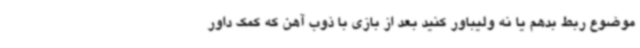
موضوع ربط بدهم یا نه ولیباور کنید بعد از بازی با ذوب آهن که کمک داور